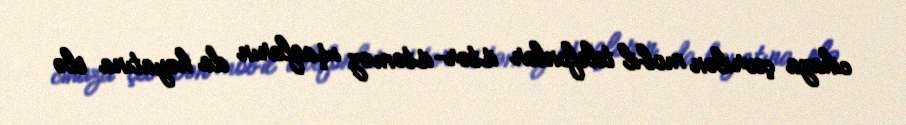
cihaza çevrilən mobil telefonlar istər-istəməz uşaqların da həyatına elə